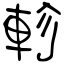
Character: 軫